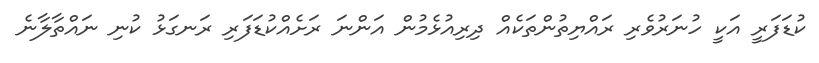
ކުޑަފަރީ އަކީ ހުނަރުވެރި ރައްޔިތުންތަކެއް ދިރިއުޅެމުން އަންނަ ރަށެއްކުޑަފަރި ރަނގަޅު ކުނި ނައްތާލާނެ